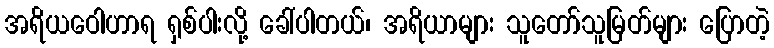
အရိယဝေါဟာရ ရှစ်ပါးလို့ ခေါ်ပါတယ်၊ အရိယာများ သူတော်သူမြတ်များ ပြောတဲ့